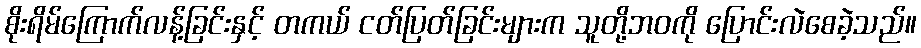
စိုးရိမ်ကြောက်လန့်ခြင်းနှင့် တကယ် ငတ်ပြတ်ခြင်းများက သူတို့ဘဝကို ပြောင်းလဲစေခဲ့သည်။